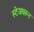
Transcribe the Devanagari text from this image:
स्टेजवरून